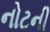
નોટની